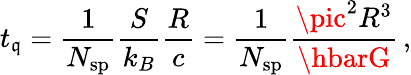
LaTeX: t_{\mathfrak{q}}=\frac{{1}}{{N_{\mathrm{{sp}}}}}\frac{{S}}{{k_{B}}}\frac{{R}}{{c}}=\frac{{1}}{{N_{\mathrm{{sp}}}}}\frac{{\pic^{2}R^{3}}}{{\hbarG}}\, ,